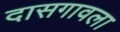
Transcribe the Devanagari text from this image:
दासगावला